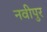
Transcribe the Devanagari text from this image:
नवीपुर